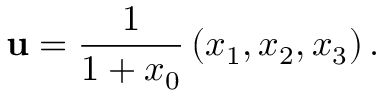
\mathbf { u } = { \frac { 1 } { 1 + x _ { 0 } } } \left( x _ { 1 } , x _ { 2 } , x _ { 3 } \right) .